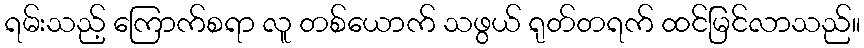
ရမ်းသည့် ကြောက်စရာ လူ တစ်ယောက် သဖွယ် ရုတ်တရက် ထင်မြင်လာသည်။